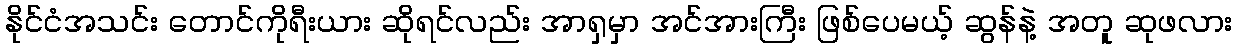
နိုင်ငံအသင်း တောင်ကိုရီးယား ဆိုရင်လည်း အာရှမှာ အင်အားကြီး ဖြစ်ပေမယ့် ဆွန်နဲ့ အတူ ဆုဖလား